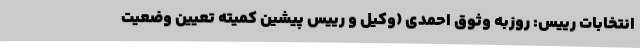
انتخابات رییس: روزبه وثوق احمدی (وکیل و رییس پیشین کمیته تعیین وضعیت